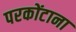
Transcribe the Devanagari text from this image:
परकोंटाना